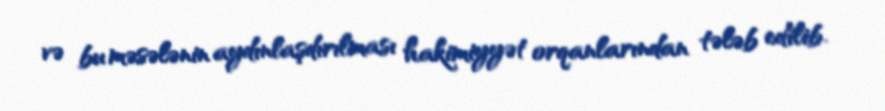
və bu məsələnin aydınlaşdırılması hakimiyyət orqanlarından tələb edilib.